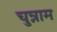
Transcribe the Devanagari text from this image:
चुन्नाम